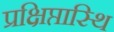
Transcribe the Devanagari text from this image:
प्रक्षिप्तास्थि